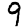
Digit: 9